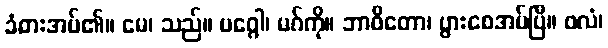
ခံစားအပ်၏။ မေ၊ သည်။ မဂ္ဂေါ၊ မဂ်ကို။ ဘာဝိတော၊ ပွားစေအပ်ပြီ။ ဖလံ၊